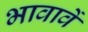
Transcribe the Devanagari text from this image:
भावावें